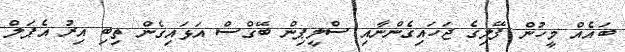
ބައެއް މީހުން ފޭލިގެ ޖަހައިގެންނާއި ސްލީޕިން ބޭގްސް އަޅައިގެން ތިބި އިރު އެޕަލް